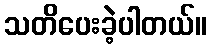
သတိပေးခဲ့ပါတယ်။